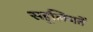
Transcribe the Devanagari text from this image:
सहूलियतें